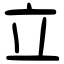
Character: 立